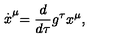
\stackrel { . } { x } ^ { \mu } = \frac { d } { d \tau } g ^ { \tau } x ^ { \mu } ,